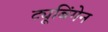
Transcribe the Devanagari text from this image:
ट्यूबिंगेन